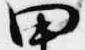
田